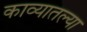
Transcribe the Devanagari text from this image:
काव्यातल्या